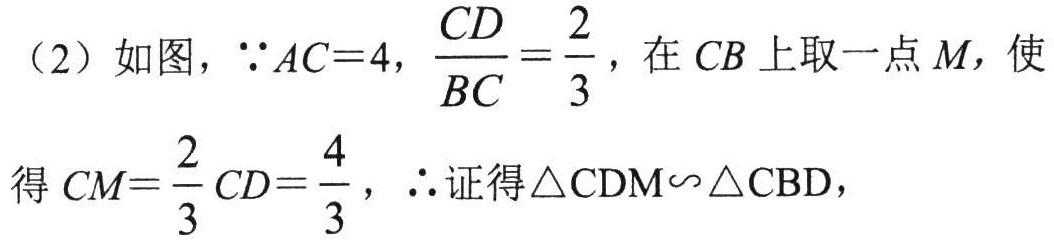
（2）如图，\(\because AC = 4,\frac{CD}{BC}=\frac{2}{3}\)，在 \(CB\)上取一点\(M\)，使
得\(CM = \frac{2}{3}CD=\frac{4}{3}\)，\(\therefore\)证得\(\triangle CDM\sim\triangle CBD\)，